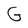
Character: G